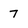
Character: 7